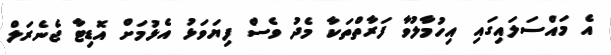
އެ މައްސަލައިގައި އިހުމާލުވާ ފަރާތްތަކާ މެދު ވެސް ފިޔަވަޅު އެޅުމަށް އޮޑިޓާ ޖެނެރަލް